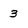
Character: 3